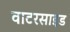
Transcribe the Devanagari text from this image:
वाटरसाइड